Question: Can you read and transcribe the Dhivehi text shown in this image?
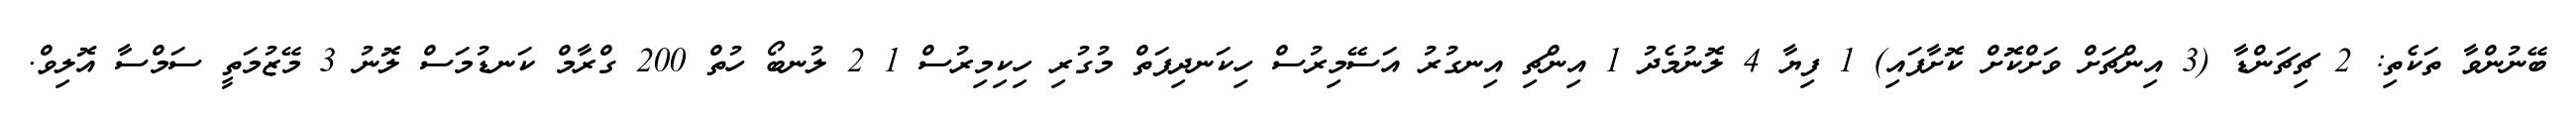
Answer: ބޭނުންވާ ތަކެތި: 2 ޗިޗަންޑާ (3 އިންޗަށް ވަށްކޮށް ކޮށާފައި) 1 ފިޔާ 4 ލޮނުމެދު 1 އިންޗި އިނގުރު އަސޭމިރުސް ހިކަނދިފަތް މުގުރި ހިކިމިރުސް 1 2 ލުނބޯ ހުތް 200 ގްރާމް ކަނޑުމަސް ލޮނު 3 މޭޒުމަތީ ސަމްސާ އޮލިވް.